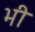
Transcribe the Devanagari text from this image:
भी